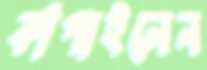
কাঁপাইলেন